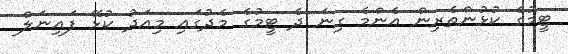
ޓީމުގެ ކުޅުންތެރިން އެންމެ ގިނަ ދެ ޓީމުގެ މެދުގައި މިއަދު ކުޅޭ ފައިނަލް